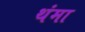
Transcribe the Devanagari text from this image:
थंमा